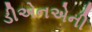
ડીએનએની